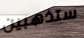
ستذهبين